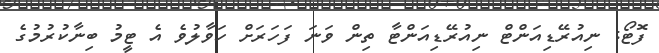
ފޮޓޯ: ނިއުރޭޑިއަންޓް ނިއުރޭޑިއަންޓާ ތިން ވަނަ ފަހަރަށް ހަވާލުވެ އެ ޓީމު ބިނާކުރުމުގެ